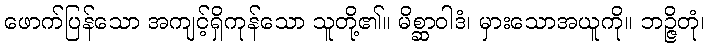
ဖောက်ပြန်သော အကျင့်ရှိကုန်သော သူတို့၏။ မိစ္ဆာဝါဒံ၊ မှားသောအယူကို။ ဘဉ္ဇိတုံ၊